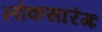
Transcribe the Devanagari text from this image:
लोकसारंगः